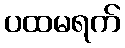
ပထမရက်